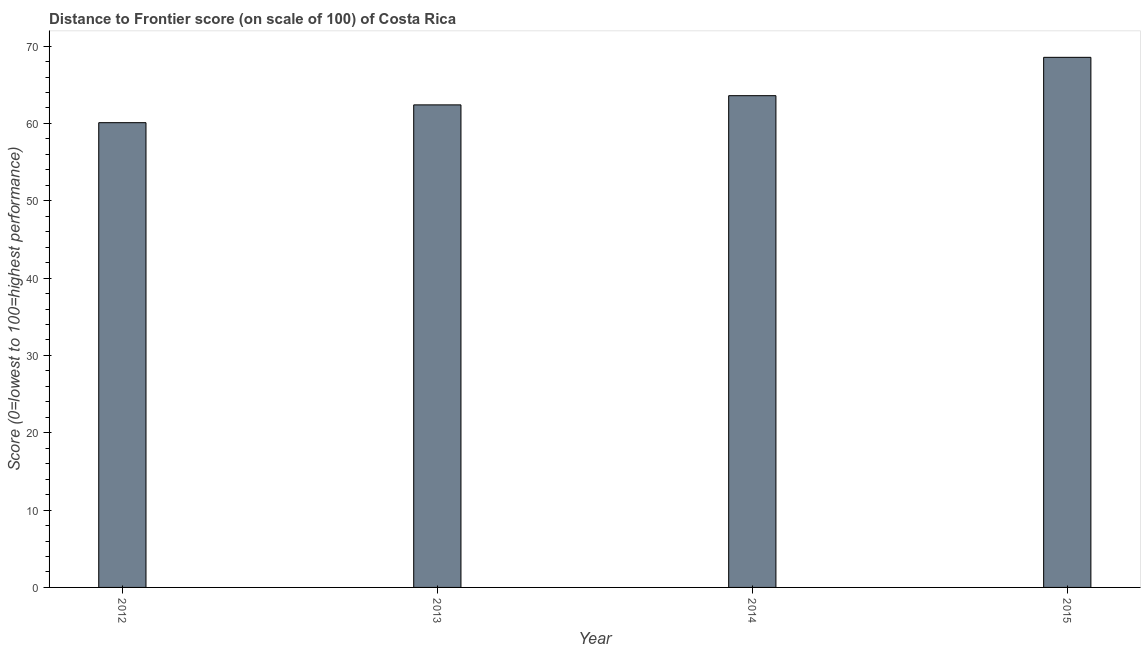
| Year | Distance to frontier score |
 | --- | --- |
 | 2012 | 60.1 |
 | 2013 | 62.4 |
 | 2014 | 63.6 |
 | 2015 | 68.5 |